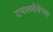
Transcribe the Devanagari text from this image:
टपालसेवेच्या